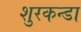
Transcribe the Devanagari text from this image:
शुरकन्डा